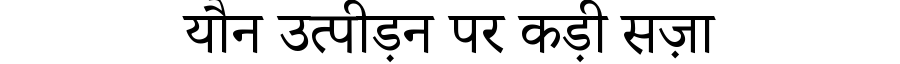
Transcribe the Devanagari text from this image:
यौन उत्पीड़न पर कड़ी सज़ा